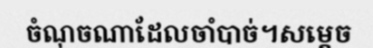
ចំណុចណាដែលចាំបាច់។សម្តេច